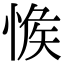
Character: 𢜴